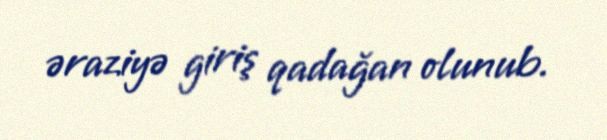
əraziyə giriş qadağan olunub.